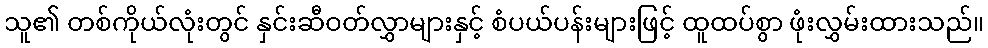
သူ၏ တစ်ကိုယ်လုံးတွင် နှင်းဆီဝတ်လွှာများနှင့် စံပယ်ပန်းများဖြင့် ထူထပ်စွာ ဖုံးလွှမ်းထားသည်။